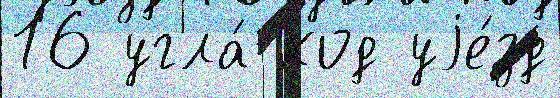
16 угла́ код уjе́зд